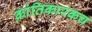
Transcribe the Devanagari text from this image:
क्रांतिकारकच